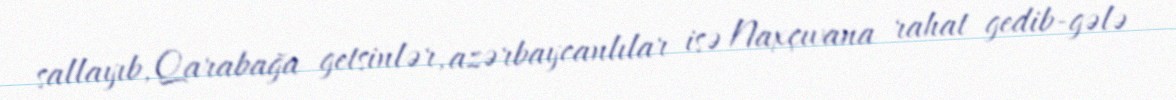
sallayıb, Qarabağa getsinlər, azərbaycanlılar isə Naxçıvana rahat gedib-gələ